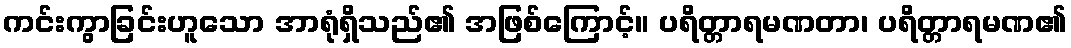
ကင်းကွာခြင်းဟူသော အာရုံရှိသည်၏ အဖြစ်ကြောင့်။ ပရိတ္တာရမဏတာ၊ ပရိတ္တာရမဏ၏